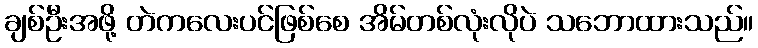
ချစ်ဦးအဖို့ တဲကလေးပင်ဖြစ်စေ အိမ်တစ်လုံးလိုပဲ သဘောထားသည်။